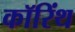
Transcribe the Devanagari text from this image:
कॉरिंथ